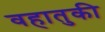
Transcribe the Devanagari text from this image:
वहातुकी